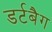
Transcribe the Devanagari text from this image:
डर्टबैग